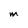
Character: M